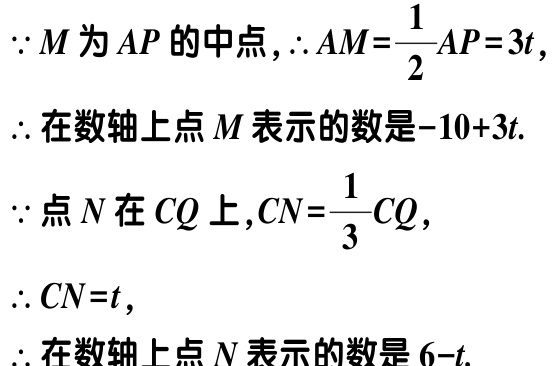
\(\because M\text{为}AP\text{的中点},\therefore AM = \frac{1}{2}AP = 3t,\)

\(\therefore \text{在数轴上点}M\text{表示的数是}-10 + 3t.\)

\(\because \text{点}N\text{在}CQ\text{上},CN=\frac{1}{3}CQ,\)

\(\therefore CN = t,\)

\(\therefore CN = t,\)

\(\therefore \text{在数轴上点}N\text{表示的数是}6 - t.\)